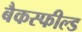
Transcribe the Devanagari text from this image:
बैकस्फील्ड